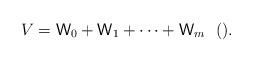
LaTeX: \begin{align*}V=\textsf{W}_0+\textsf{W}_1+\cdots+\textsf{W}_m\ \ ().\end{align*}